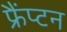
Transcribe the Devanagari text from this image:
फ्रैंप्टन